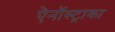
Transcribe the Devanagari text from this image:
ऐनॉस्ट्राका